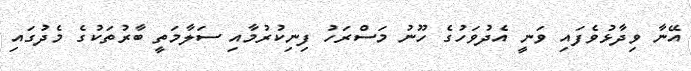
އޭނާ ވިދާޅުވެފައި ވަނީ އެދުވަހުގެ ހޫނު މަސްރަހު ފިނިކުރުމާއި ސަލާމަތީ ބާރުތަކުގެ މެދުގައި